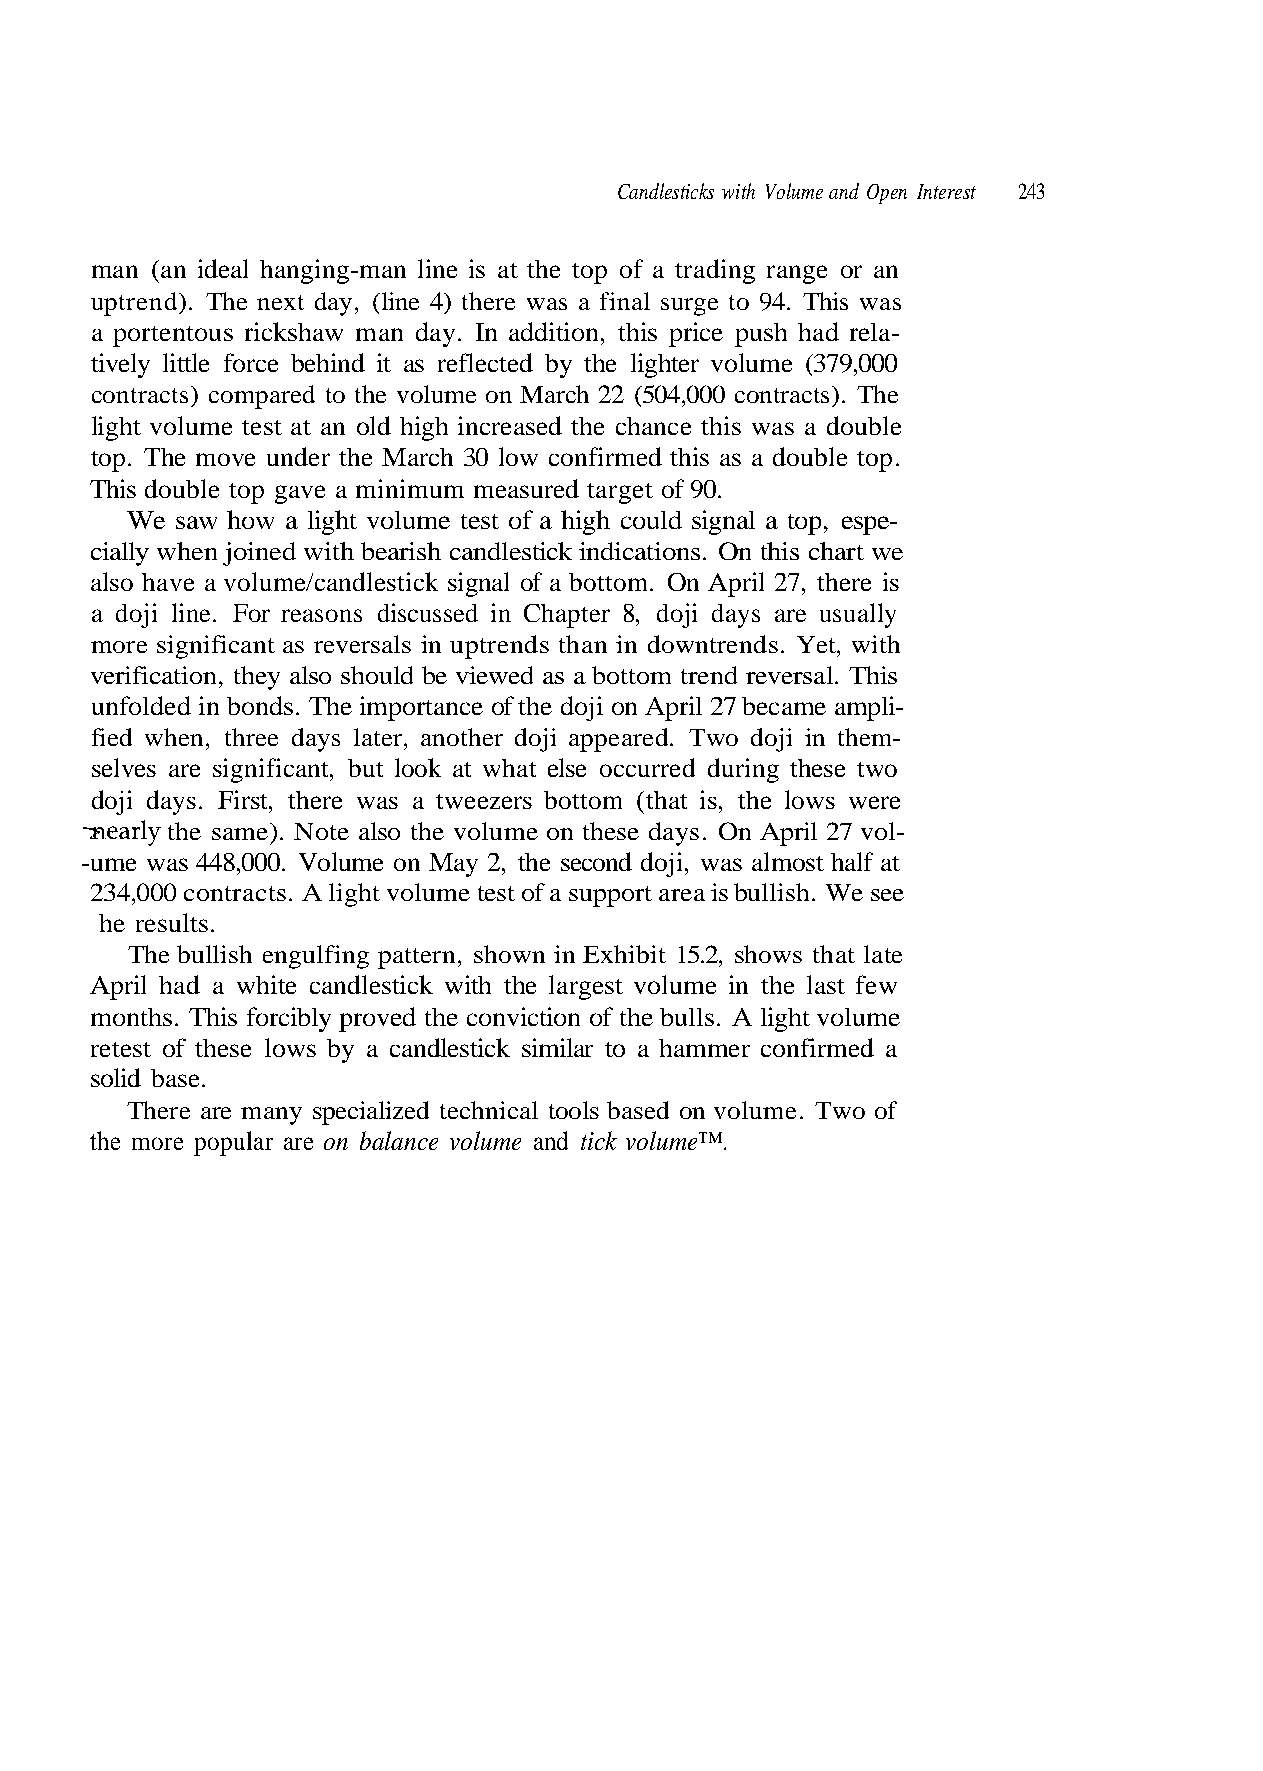
Candlesticks with Volume and Open Interest 243
 man (an ideal hanging-man line is at the top of a trading range or an
 uptrend). The next day, (line 4) there was a final surge to 94. This was
 a portentous rickshaw man day. In addition, this price push had rela-
 top. The move under the March 30 low confirmed this as a double top.
 cially when joined with bearish candlestick indications. On this chart we
 a doji line. For reasons discussed in Chapter 8, doji days are usually
 more significant as reversals in uptrends than in downtrends. Yet, with
 unfolded in bonds. The importance of the doji on April 27 became ampli-
 fied when, three days later, another doji appeared. Two doji in them-
 selves are significant, but look at what else occurred during these two
 doji days. First, there was a tweezers bottom (that is, the lows were
 -nearly the same). Note also the volume on these days. On April 27 vol-
 -ume was 448,000. Volume on May 2, the second doji, was almost half at
 234,000 contracts. A light volume test of a support area is bullish. We see
 he results.
 retest of these lows by a candlestick similar to a hammer confirmed a
 solid base.
 There are many specialized technical tools based on volume. Two of
 s i h T .
 e
 l a
 t a
 s
 l
 e
 er
 t
 bl
 v
 a
 u
 e
 h
 w
 o
 r
 t
 0
 d
 d
 s
 fe
 0
 a
 n
 w
 t
 0
 e
 os
 ,
 s
 a
 9
 a
 r
 hl
 7
 t
 3
 w
 s
 e
 m
 me (
 The
 his
 to
 5.2,
 n th
 lu
 ).
 e t
 ot
 1
 e i
 o
 ts
 c
 b
 t
 m
 vcn
 i
 er
 ntra
 ha
 s a
 hib
 olu
 y the light
 (504,000 co
 sed the c
 iewed a
 n in Ex
 largest v
 tively little force behind it as reflected b
 contracts) compared to the volume on March 22
 light volume test at an old high increa
 This double top gave a minimum measured target of 90.
 e saw how a light volume test of a high could signal a top, espe-
 also have a volume/candlestick signal of a bottom. On April 27, there is
 verification, they also should be v
 he bullish engulfing pattern, show
 April had a white candlestick with the
 months. This forcibly proved the conviction of the bulls. A light volume
 the more popular are on balance volume and tick volume™.
 W
 T